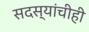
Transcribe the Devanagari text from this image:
सदस्यांचीही